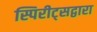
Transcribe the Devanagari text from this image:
स्पिरीट्सद्वारा